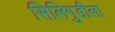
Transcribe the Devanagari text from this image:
सिलिगुडीला